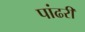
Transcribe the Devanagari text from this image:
पांढरीं